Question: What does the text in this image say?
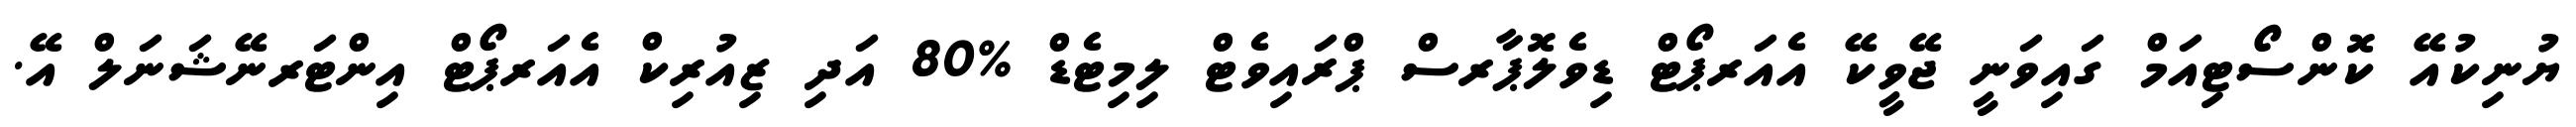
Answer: ޔުނިކުއޭ ކޮންސޯޓިއަމް ގައިވަނީ ޖޭވީކޭ އެއަރޕޯޓް ޑިވެލޮޕާރސް ޕްރައިވެޓް ލިމިޓެޑް %80 އަދި ޒިއުރިކް އެއަރޕޯޓް އިންޓަރނޭޝަނަލް އޭ.